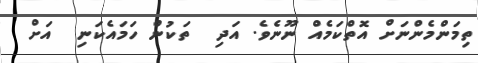
ތިމަންމެންނަށް އޮތްކަމެއް ނޫނެވެ. އަދި  ތަކުން ހަމައެކަނި  އަށް